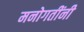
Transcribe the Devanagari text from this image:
मनोगतींनी